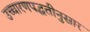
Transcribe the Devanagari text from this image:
उच्चारणपद्धतीनुसार